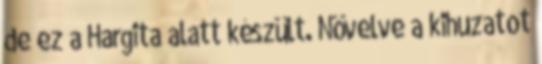
de ez a Hargita alatt készült. Növelve a kihuzatot